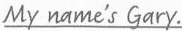
\underline{My name is Gary.}